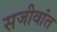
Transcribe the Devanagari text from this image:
सजीवांत